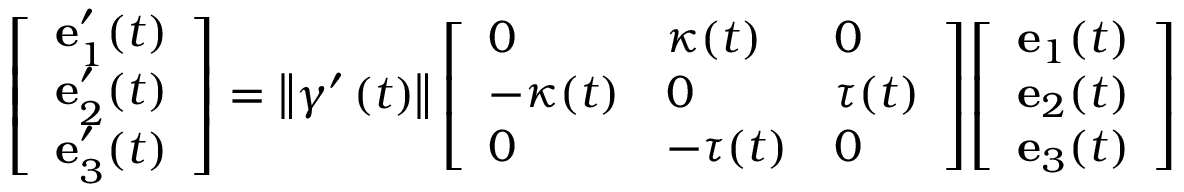
{ \left[ \begin{array} { l } { \mathbf { e } _ { 1 } ^ { \prime } ( t ) } \\ { \mathbf { e } _ { 2 } ^ { \prime } ( t ) } \\ { \mathbf { e } _ { 3 } ^ { \prime } ( t ) } \end{array} \right] } = \left\Vert \gamma ^ { \prime } \left( t \right) \right\Vert { \left[ \begin{array} { l l l } { 0 } & { \kappa ( t ) } & { 0 } \\ { - \kappa ( t ) } & { 0 } & { \tau ( t ) } \\ { 0 } & { - \tau ( t ) } & { 0 } \end{array} \right] } { \left[ \begin{array} { l } { \mathbf { e } _ { 1 } ( t ) } \\ { \mathbf { e } _ { 2 } ( t ) } \\ { \mathbf { e } _ { 3 } ( t ) } \end{array} \right] }